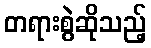
တရားစွဲဆိုသည့်